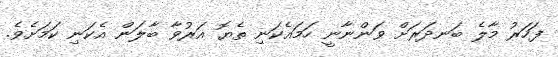
ފަހަރު މާލެ ބަނދަރަށް ވަންނާނީ ހަމައެކަނި ތެޔޮ އަރުވާ ބާލަން އެކަނި ކަމަށެވެ.